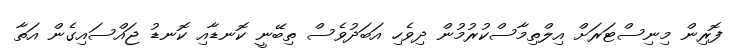
ފޮރިން މިނިސްޓަރަށް އިލްތިމާސްކުރުމުން ދިވެހި އަބަދުވެސް ތިބޭނީ ކޮނޑާއި ކޮނޑު ޖައްސައިގެން އަތާ